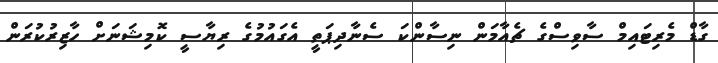
ގާޑް މެރިޓައިމް ސާވިސްގެ ޗެއާމަން ނިސާންކަ ސެނާދިޕަތީ އެގައުމުގެ ރިޔާސީ ކޮމިޝަނަށް ހާޒިރުކުރަން